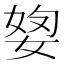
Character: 𡝓